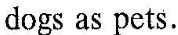
dogs as pets